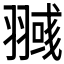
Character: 𰭥